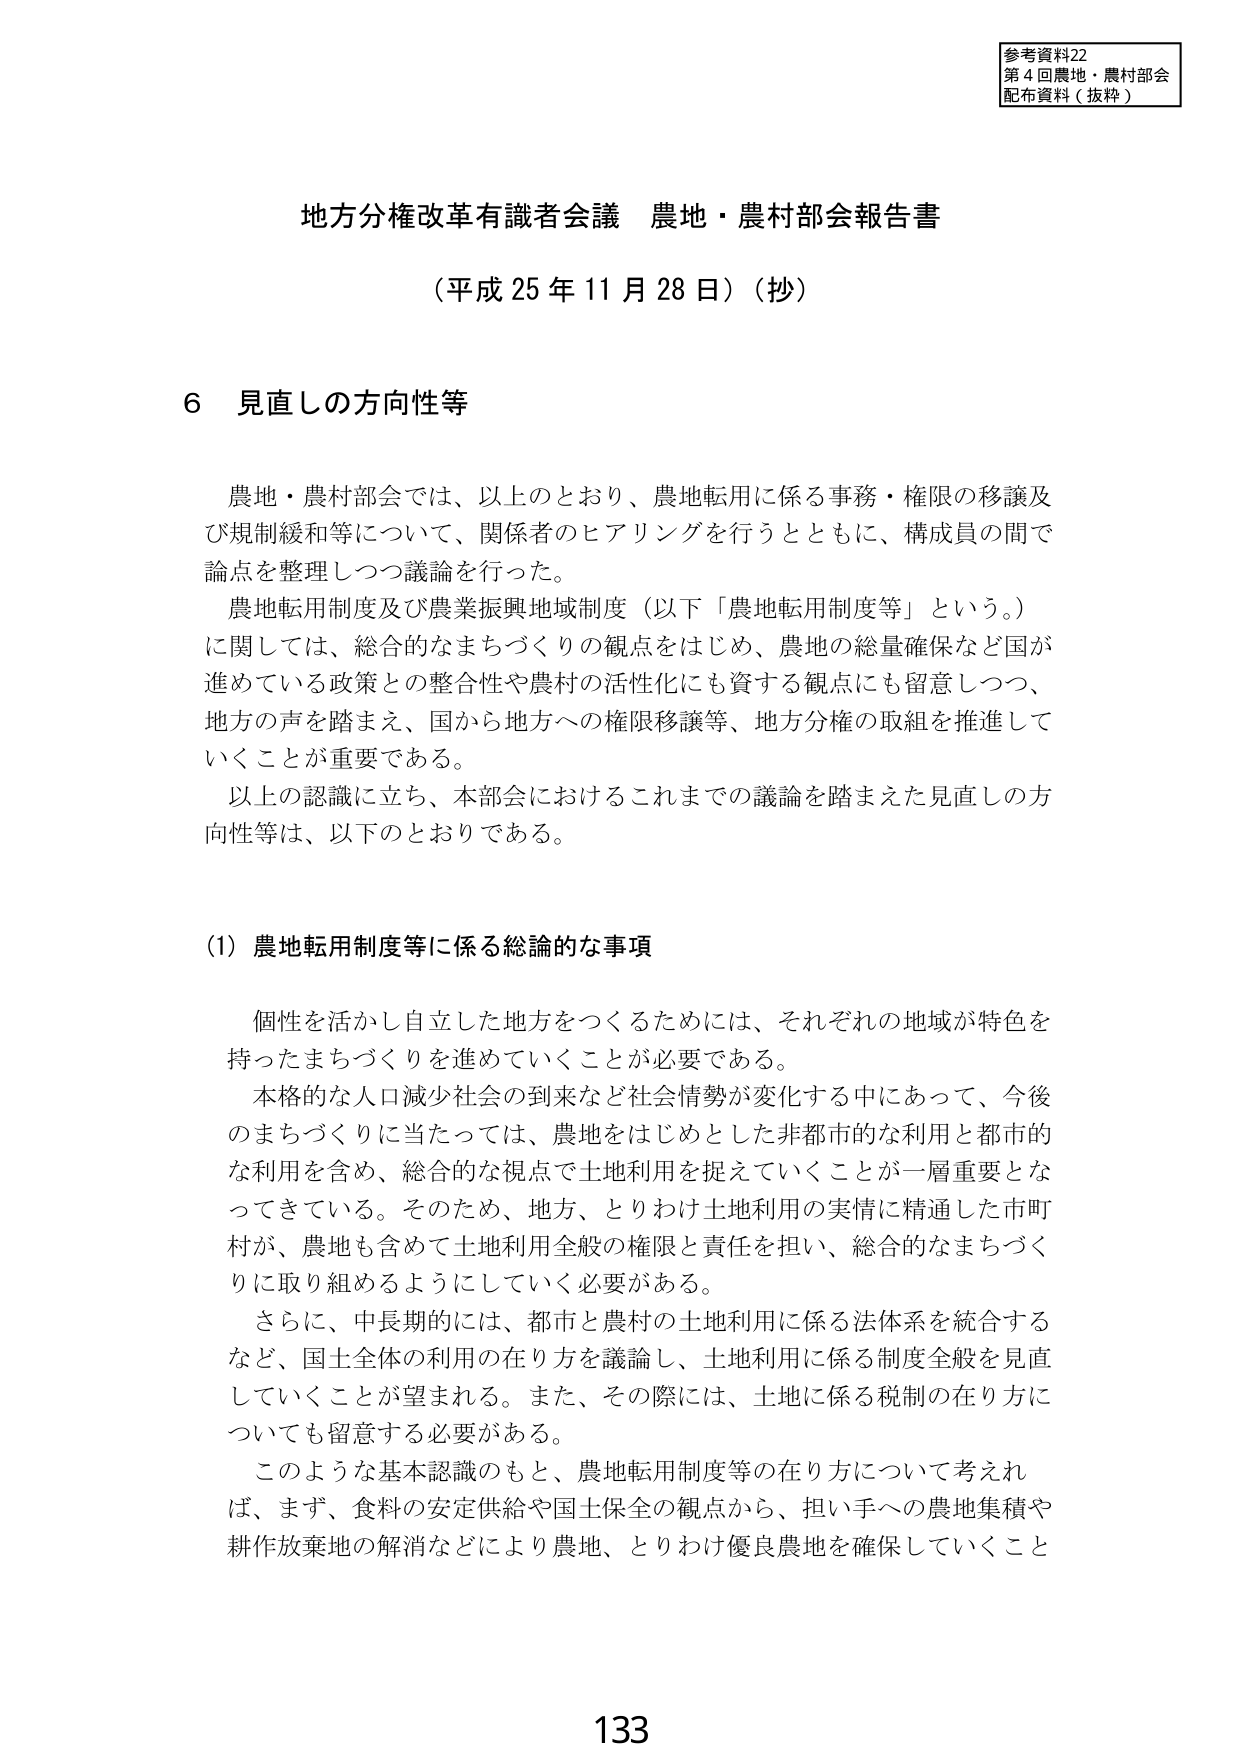
参考資料22
第4回農地・農村部会
配布資料（抜粋）

地方分権改革有識者会議 農地・農村部会報告書
（平成25年11月28日）（抄）

6 見直しの方向性等

農地・農村部会では、以上のとおり、農地転用に係る事務・権限の移譲及び規制緩和等について、関係者のヒアリングを行うとともに、構成員の間で論点を整理しつつ議論を行った。
農地転用制度及び農業振興地域制度（以下「農地転用制度等」という。）に関しては、総合的なまちづくりの観点をはじめ、農地の総量確保など国が進めている政策との整合性や農村の活性化にも資する観点にも留意しつつ、地方の声を踏まえ、国から地方への権限移譲等、地方分権の取組を推進していくことが重要である。
以上の認識に立ち、本部会におけるこれまでの議論を踏まえた見直しの方向性等は、以下のとおりである。

(1) 農地転用制度等に係る総論的な事項

個性を活かし自立した地方をつくるためには、それぞれの地域が特色を持ったまちづくりを進めていくことが必要である。
本格的な人口減少社会の到来など社会情勢が変化する中にあって、今後のまちづくりに当たっては、農地をはじめとした非都市的な利用と都市的な利用を含め、総合的な視点で土地利用を捉えていくことが一層重要となってきたている。そのため、地方、とりわけ土地利用の実情に精通した市町村が、農地も含めて土地利用全般の権限と責任を担い、総合的なまちづくりに取り組めるようにしていく必要がある。
さらに、中長期的には、都市と農村の土地利用に係る法体系を統合するなど、国土全体の利用の在り方を議論し、土地利用に係る制度全般を見直していくことが望まれる。また、その際には、土地に係る税制の在り方についても留意する必要がある。
このような基本認識のもと、農地転用制度等の在り方について考えれば、まず、食料の安定供給や国土保全の観点から、担い手への農地集積や耕作放棄地の解消などにより農地、とりわけ優良農地を確保していくこと

133